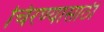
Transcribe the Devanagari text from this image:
चिरण्यासाठी